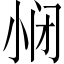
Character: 𱚥